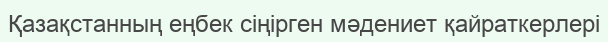
Қазақстанның еңбек сіңірген мәдениет қайраткерлері